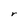
Character: r